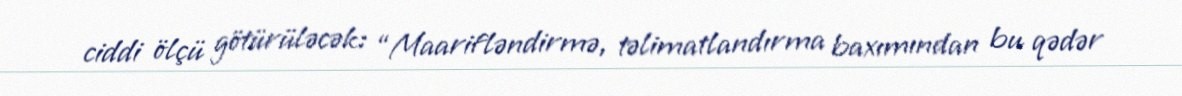
ciddi ölçü götürüləcək: “Maarifləndirmə, təlimatlandırma baxımından bu qədər